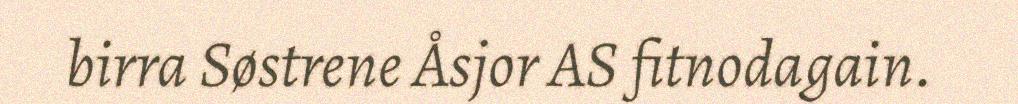
birra Søstrene Åsjor AS fitnodagain.